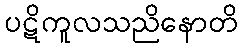
ပဋိကူလသညိနောတိ